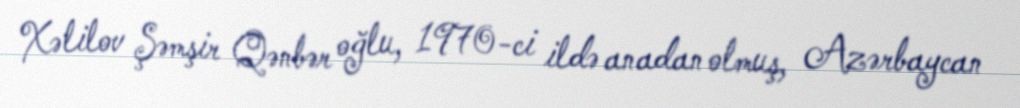
Xəlilov Şəmşir Qənbər oğlu, 1970-ci ildə anadan olmuş, Azərbaycan